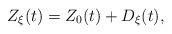
LaTeX: \begin{align*}Z_\xi(t) = Z_0(t) + D_\xi(t),\end{align*}